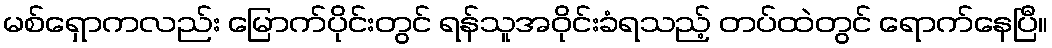
မစ်ရှောကလည်း မြောက်ပိုင်းတွင် ရန်သူအဝိုင်းခံရသည့် တပ်ထဲတွင် ရောက်နေပြီ။